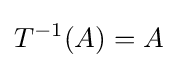
T^{-1}(A)=A